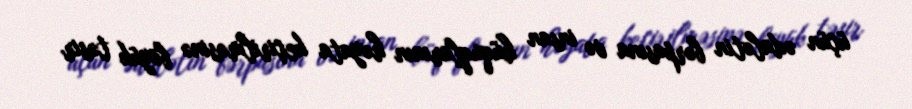
üçün ədalətin bərpasına və insan hüquqlarının həyata keçirilməsinə böyük təsir